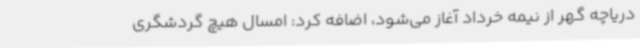
دریاچه گهر از نیمه خرداد آغاز می‌شود، اضافه کرد: امسال هیچ گردشگری